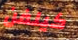
كيلفن